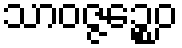
သာဝဇ္ဇဉ္စေဝ